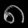
Digit: ၈